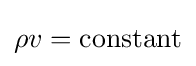
\rho v=\mathrm {constant}